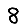
Digit: 8